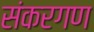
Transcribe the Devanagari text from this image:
संकरगण